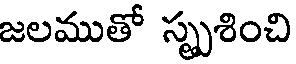
జలముతో స్పృశించి